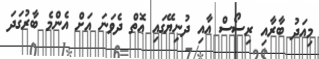
މިއަދު ބާރާއި ރިސޯސް އާއި ދުނިޔޭގައި އޮތް ދެވަނަ އަށް އެންމެ ބާރުގަދަ